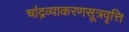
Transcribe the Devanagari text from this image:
चांद्रव्याकरणसूत्रवृत्ति